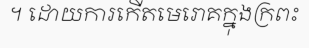
។ ដោយការកើតមេរោគក្នុងក្រពះ